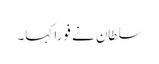
سلطان نے فورا کہا۔